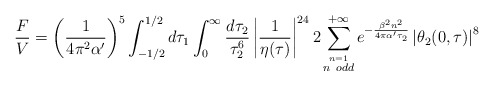
\begin{align*}\frac{F}{V}=\left(\frac{1}{4\pi^2\alpha'}\right)^5\int^{1/2}_{-1/2} d\tau_1\int_0^\infty\frac{d\tau_2}{\tau^6_2}\left|\frac{1}{\eta(\tau)}\right|^{24}2\sum_{\stackrel{n=1}{n\ odd}}^{+\infty}e^{-\frac{\beta^2 n^2}{4\pi\alpha'\tau_2}}\left|\theta_2(0,\tau)\right|^8\end{align*}